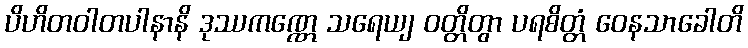
ပိဟိတဝါတပါနာနိ ဒုဿကဏ္ဏေ သရေယျ ဝတ္တိတွာ ပရစိတ္တံ ဝေနသာခေါတိ